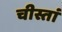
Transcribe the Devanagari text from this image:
चीस्तां